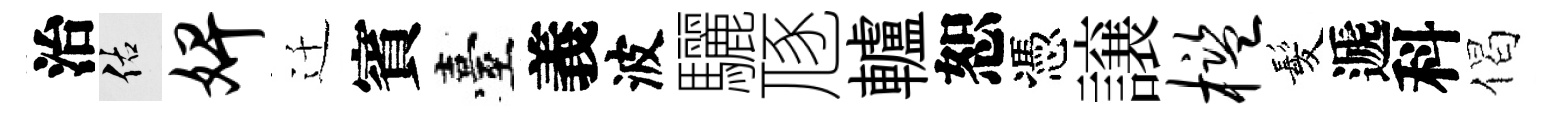
治佑婢迁賓臺義波驪豗轤恕憑譲槛髪遞科偈